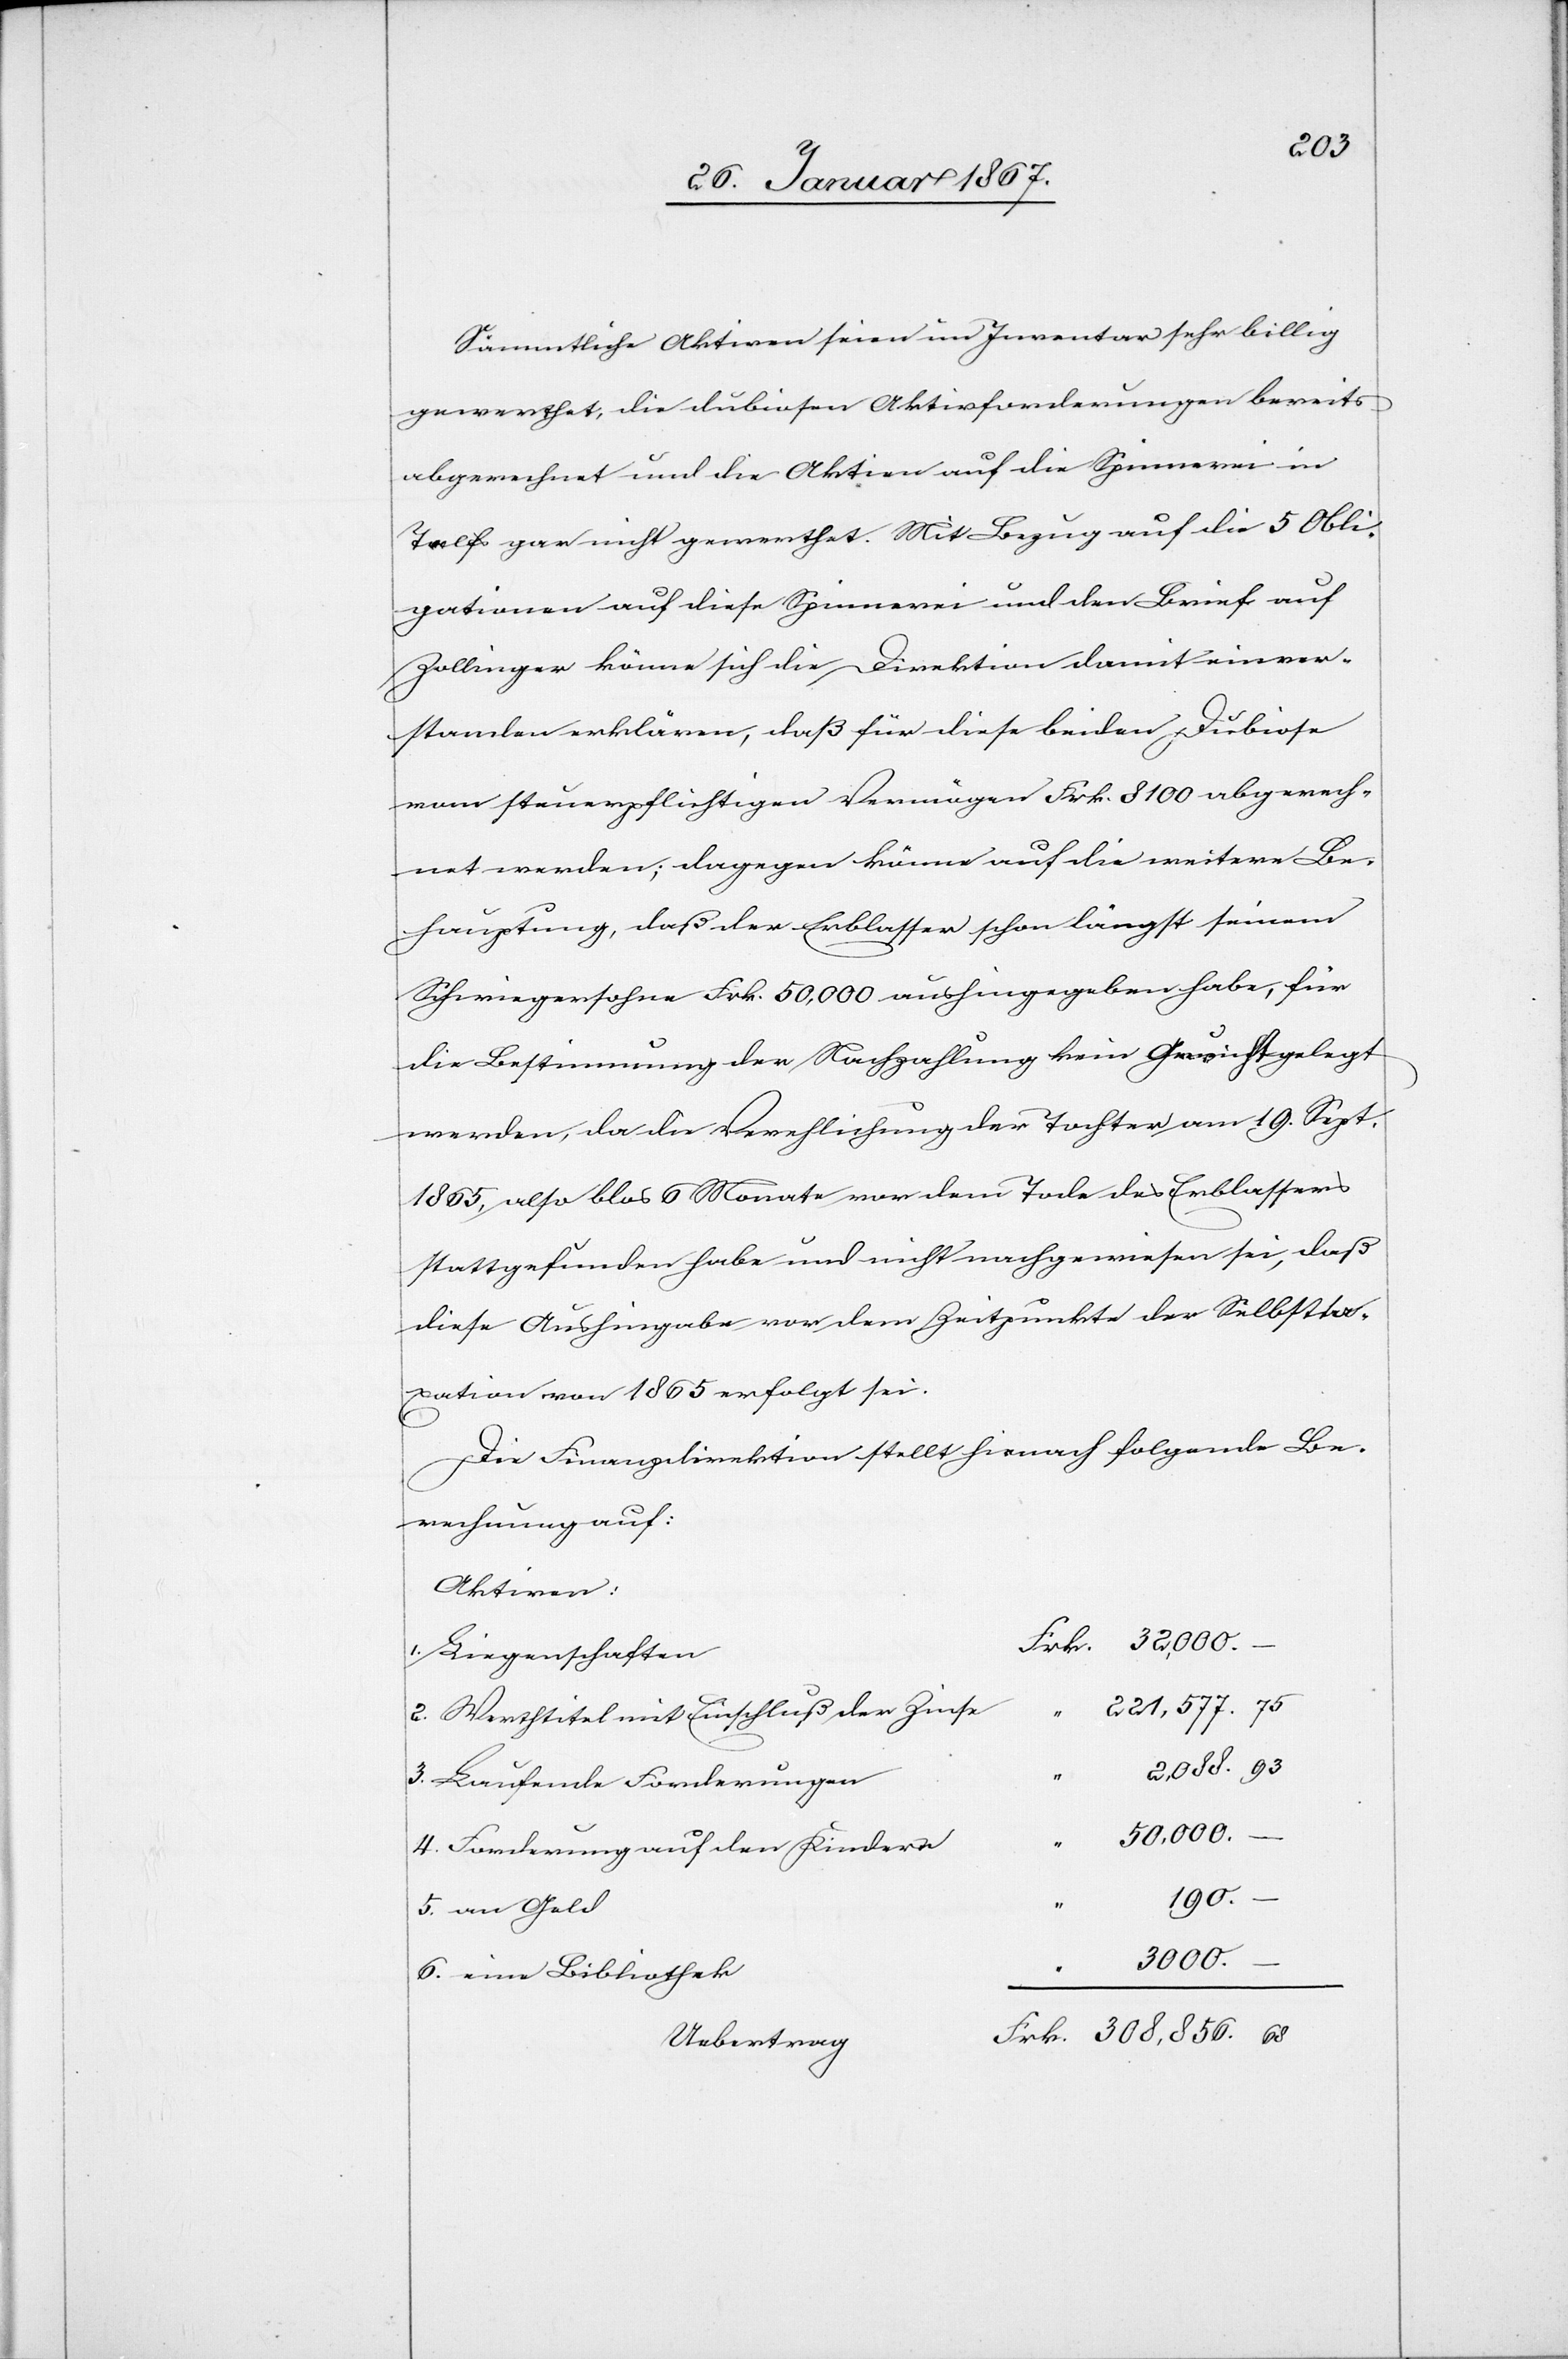
308.856.
Sämmtliche Aktien seien im Inventar sehr billig
gerechnet, die dubiosen Aktienforderungen bereits
abgerechnet und die Aktien auf die Spinnerei in
Talfs gar nicht gerechnet. Mit Bezug auf die 5 Obli¬
gationen auf diese Spinnerei und den Brief auf
Zollinger könne sich die Direktion damit einver¬
standen erklären, daß für diese beiden Dubiose
vom steuerpflichtigen Vermögen Frk. 8100 abgerech¬
net werden; dagegen könne auf die weitere Be¬
hauptung, daß der Erblasser schon längst seinem
Schwiegersohn Frk. 50,000 aushingegeben habe, für
die Bestimmung der Nachzahlung kein Gewicht gelegt
werden, da die Verehlichung der Tochter am 19. Sept.
1865, also blos 6 Monate vor dem Tode des Erblassers
stattgefunden habe und nicht nachgewiesen sei, daß
diese Aushingabe vor dem Zeitpunkte der Selbstta¬
xation von 1865 erfolgt sei.
Die Finanzdirektion stellt hienach folgende Be¬
rechnung auf:
Aktiven
“	221,577. 75
2.Werthtitel mit Einschluß der Zinse
2,088. 93
3. Laufende Forderungen
–
50,000.
4.Forderungen auf den Kinder¬
190.
5. an Geld
3000.
6. eine Bibliothek